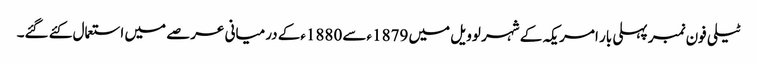
ٹیلی فون نمبر پہلی بار امریکہ کے شہر لوویل میں 1879ءسے 1880ءکے درمیانی عرصے میں استعمال کئے گئے۔